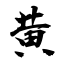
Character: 黄